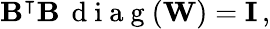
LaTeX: \mathbf{B}^{\intercal}\mathbf{B}\, \mathrm{~d~i~a~g~}(\mathbf{W})=\mathbf{I}\, ,